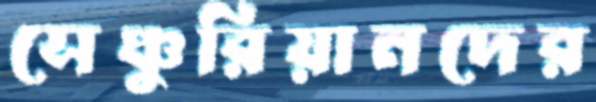
সেঞ্চুরিয়ানদের